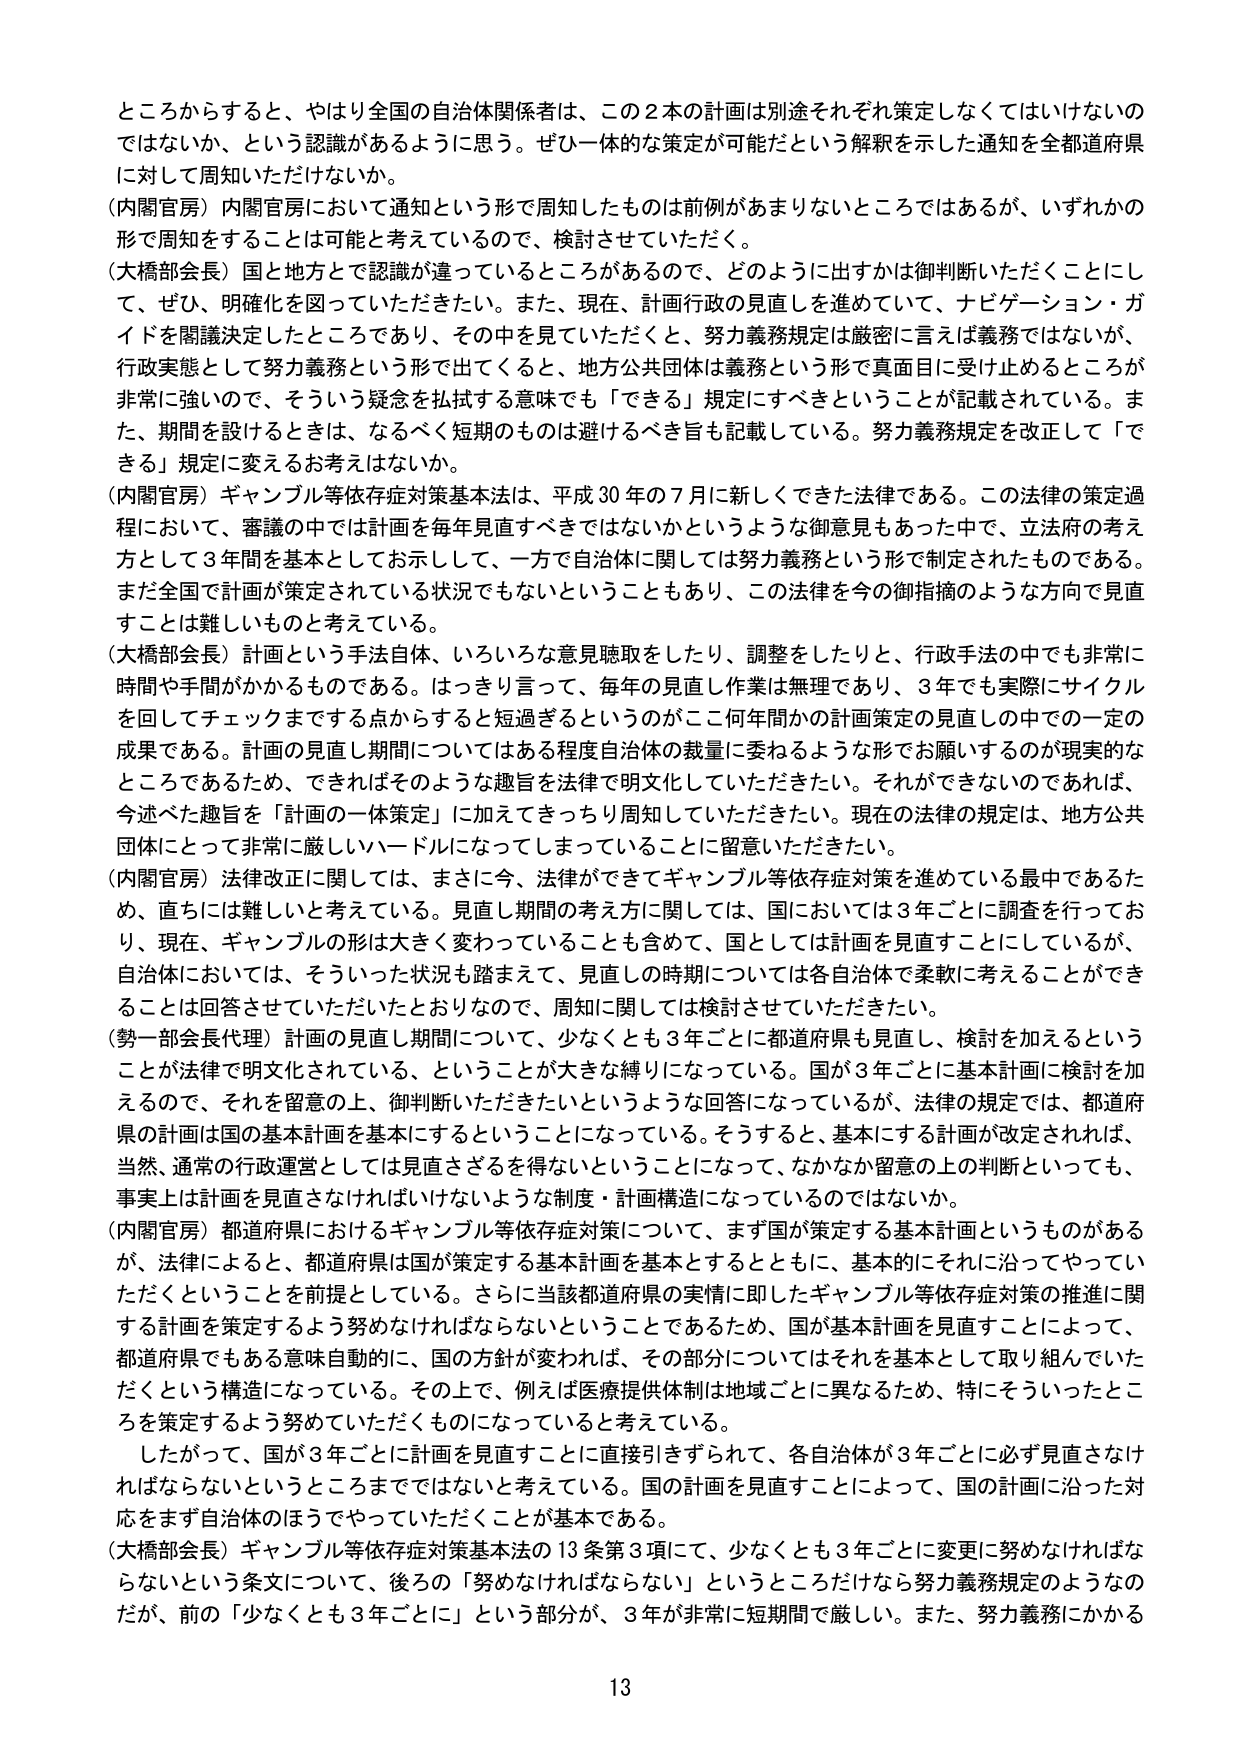
ところからすると、やはり全国の自治体関係者は、この２本の計画は別途それぞれ策定しなくてはいけないのではないか、という認識があるように思う。ぜひ一体的な策定が可能だという解釈を示した通知を全都道府県に対して周知いただけないか。

（内閣官房）内閣官房において通知という形で周知したものは前例があまりないところではあるが、いずれかの形で周知をすることは可能と考えているので、検討させていただく。

（大橋部会長）国と地方とで認識が違っているところがあるので、どのように出すかは御判断いただくことにし、ぜひ、明確化を図っていただきたい。また、現在、計画行政の見直しを進めていて、ナビゲーション・ガイドを閣議決定したところであり、その中を見ていただくと、努力義務規定は厳密に言えば義務ではないが、行政実態として努力義務という形で出てくると、地方公共団体は義務という形で真面目に受け止めるところが非常に強いので、そういう疑念を払拭する意味でも「できる」規定にすべきということが記載されている。また、期間を設けるときは、なるべく短期のものは避けるべき旨も記載している。努力義務規定を改正して「できる」規定に変えるお考えはないか。

（内閣官房）ギャンブル等依存症対策基本法は、平成30年の7月に新しくできた法律である。この法律の策定過程において、審議の中では計画を毎年見直すべきではないかというような御意見もあった中で、立法府の考え方として3年間を基本としてお示しして、一方で自治体に関しては努力義務という形で制定されたものである。まだ全国で計画が策定されている状況でもないということもあり、この法律を今の御指摘のような方向で見直すことは難しいものと考えている。

（大橋部会長）計画という手法自体、いろいろな意見聴取をしたり、調整をしたりと、行政手法の中でも非常に時間や手間がかかるものである。はっきり言って、毎年の見直し作業は無理であり、3年でも実際にサイクルを回してチェックまでする点からすると短過ぎるというのがここ何年間かの計画策定の見直しの中での一定の成果である。計画の見直し期間についてはある程度自治体の裁量に委ねるような形でお願いするのが現実的なところであるため、できればそのような趣旨を法律で明文化していただきたい。それができないのであれば、今述べた趣旨を「計画の一体策定」に加えてきっちり周知していただきたい。現在の法律の規定は、地方公共団体にとって非常に厳しいハードルになってしまっていることに留意いただきたい。

（内閣官房）法律改正に関しては、まさに今、法律ができてギャンブル等依存症対策を進めている最中であるため、直ちには難しいと考えている。見直し期間の考え方に関しては、国においては3年ごとに調査を行っており、現在、ギャンブルの形は大きく変わっていることも含めて、国としては計画を見直すことにしていが、自治体においては、そういった状況も踏まえて、見直しの時期については各自治体で柔軟に考えることができることは回答させていただいたとおりなので、周知に関しては検討させていただきたい。

（勢一部会長代理）計画の見直し期間について、少なくとも3年ごとに都道府県も見直し、検討を加えるということが法律で明文化されている、ということが大きな縛りになっている。国が3年ごとに基本計画に検討を加えるので、それを留意の上、御判断いただきたいというような回答になっているが、法律の規定では、都道府県の計画は国の基本計画を基本にするということになっている。そうすると、基本にする計画が改定されれば、当然、通常の行政運営としては見直さざるを得ないということになって、なかなか留意の上の判断といっても、事実上は計画を見直さなければいけないような制度・計画構造になっているのではないか。

（内閣官房）都道府県におけるギャンブル等依存症対策について、まず国が策定する基本計画というものがあるが、法律によると、都道府県は国が策定する基本計画を基本とするとともに、基本的にそれに沿ってやっていただくということを前提としている。さらに当該都道府県の実情に即したギャンブル等依存症対策の推進に関する計画を策定するよう努めなければならないということであるため、国が基本計画を見直すことによって、都道府県でもある意味自動的に、国の方針が変われば、その部分についてはそれを基本として取り組んでいただくという構造になっている。その上で、例えば医療提供体制は地域ごとに異なるため、特にそういったところを策定するよう努めていただくものになっていると考えている。

したがって、国が3年ごとに計画を見直すことには直接引きずられて、各自治体が3年ごとに必ず見直さなければならないというところまでではないと考えている。国の計画を見直すことによって、国の計画に沿った対応をまず自治体のほうでやっていただくことが基本である。

（大橋部会長）ギャンブル等依存症対策基本法の13条第3項にて、少なくとも3年ごとに変更に努めなければならないという条文について、後ろの「努めなければならない」というところだけなら努力義務規定のようなのだが、前の「少なくとも3年ごとに」という部分が、3年が非常に短期間で厳しい。また、努力義務にかかる

13